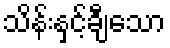
သိန်းနှင့်ချီသော